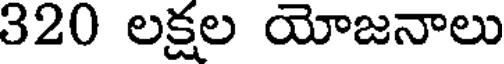
320 లక్షల యోజనాలు